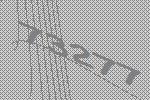
73277